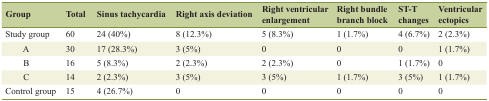
| Group | Total | Sinus tachycardia | Right axis deviation | Right ventricular enlargement | Right bundle branch block | ST-T changes | Ventricular ectopics |
 | --- | --- | --- | --- | --- | --- | --- | --- |
 | Study group | 60 | 24 (40%) | 8 (12.3%) | 5 (8.3%) | 1 (1.7%) | 4 (6.7%) | 2 (2.3%) |
 | A | 30 | 17 (28.3%) | 3 (5%) | 0 | 0 | 0 | 1 (1.7%) |
 | B | 16 | 5 (8.3%) | 2 (2.3%) | 2 (2.3%) | 0 | 1 (1.7%) | 0 |
 | C | 14 | 2 (2.3%) | 3 (5%) | 3 (5%) | 1 (1.7%) | 3 (5%) | 1 (1.7%) |
 | Control group | 15 | 4 (26.7%) | 0 | 0 | 0 | 0 | 0 |